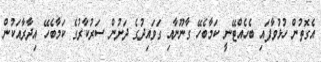
އެގޮތުން ހުޅުވާފައި ބެހެއްޓޭނީ ކަމާބެހޭ ގާނޫނާއި ގަވައިދުގެ ދަށުން ސަރުކާރުގެ ކަމާބެހޭ އިދާރާއަކުން